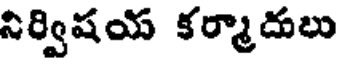
నిర్విషయ కర్మాదులు